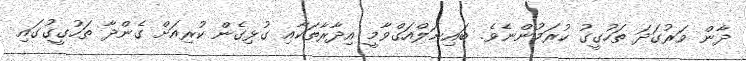
ދާން ވަރުގަދަ ތަހުގީގު ކުރަމުންނެވެ. ބައިނަލްއަގްވާމީ އިދާރާތަކާއި ގުޅިގެން ކުރިއަށް ގެންދާ ތަހުގީގުގައި